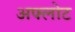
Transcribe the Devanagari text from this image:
अफ्लोट